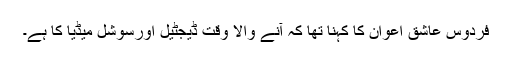
فردوس عاشق اعوان کا کہنا تھا کہ آنے والا وقت ڈیجٹیل اورسوشل میڈیا کا ہے۔